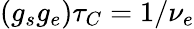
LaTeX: \left(g_{s}g_{e}\right)\tau_{C}=1/\nu_{e}